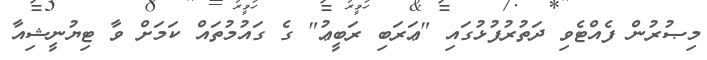
މިޞުރުން ފެއްޓެވި ދަތުރުފުޅުގައި "ޢަރަބި ރަބީޢު" ގެ ގައުމުތައް ކަމަށް ވާ ޓިޔުނީޝިއާ